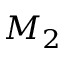
M _ { 2 }